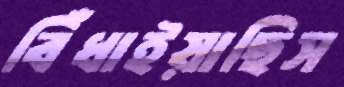
বিঁধাইয়াছিস